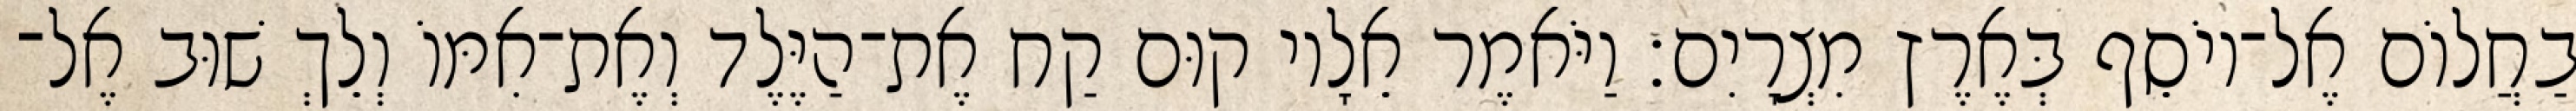
בַחֲלוֹם אֶל־יוֹסֵף בְּאֶרֶץ מִצְרָיִם׃ וַיֹּאמֶר אֵלָיו קוּם קַח אֶת־הַיֶּלֶד וְאֶת־אִמּוֹ וְלֵךְ שׁוּב אֶל־